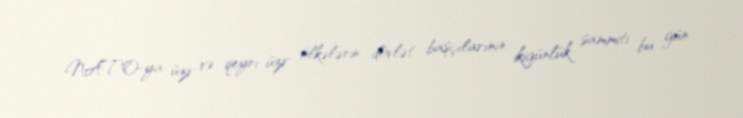
NATO-ya üzv və qeyri-üzv ölkələrin dövlət başçılarının ikigünlük sammiti bu gün